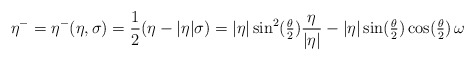
\begin{align*}\eta^-= \eta^-(\eta,\sigma) = \frac{1}{2}(\eta - |\eta|\sigma)= |\eta|\sin^2(\tfrac{\theta}{2}) \frac{\eta}{|\eta|} - |\eta| \sin (\tfrac{\theta}{2}) \cos (\tfrac{\theta}{2}) \,\omega\end{align*}